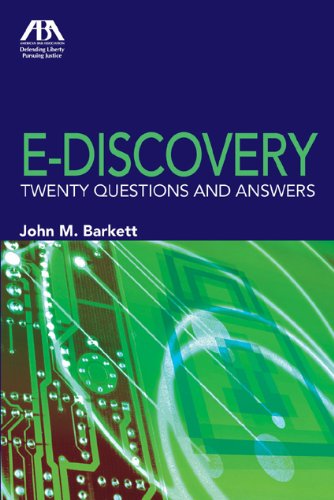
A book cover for E-Discovery: Twenty Questions and Answers; John M. Barkett; Law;